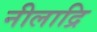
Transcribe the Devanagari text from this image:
नीलाद्रि